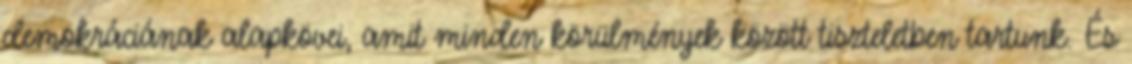
demokráciának alapkövei, amit minden körülmények között tiszteletben tartunk. És